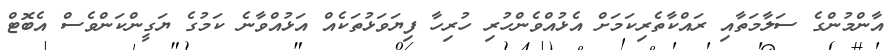
އާންމުންގެ ސަލާމަތާއި ރައްކާތެރިކަމަށް އެޅުއްވެންހުރި ހުރިހާ ފިޔަވަޅުތަކެއް އަޅުއްވާނެ ކަމުގެ ޔަގީންކަންވެސް އެބޮޓް